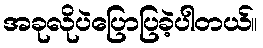
အခုလိုပဲပြောပြခဲ့ပါတယ်။